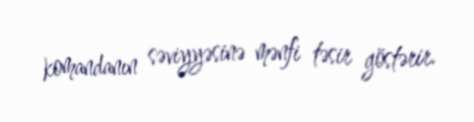
komandanın səviyyəsinə mənfi təsir göstərir.